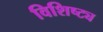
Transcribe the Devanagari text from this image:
विशिष्ट्य